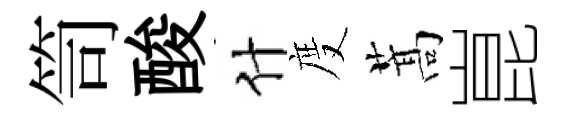
笥酸什度蒿崑